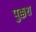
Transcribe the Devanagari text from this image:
पुक्कश